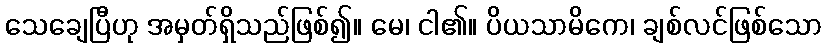
သေချေပြီဟု အမှတ်ရှိသည်ဖြစ်၍။ မေ၊ ငါ၏။ ပိယသာမိကေ၊ ချစ်လင်ဖြစ်သော